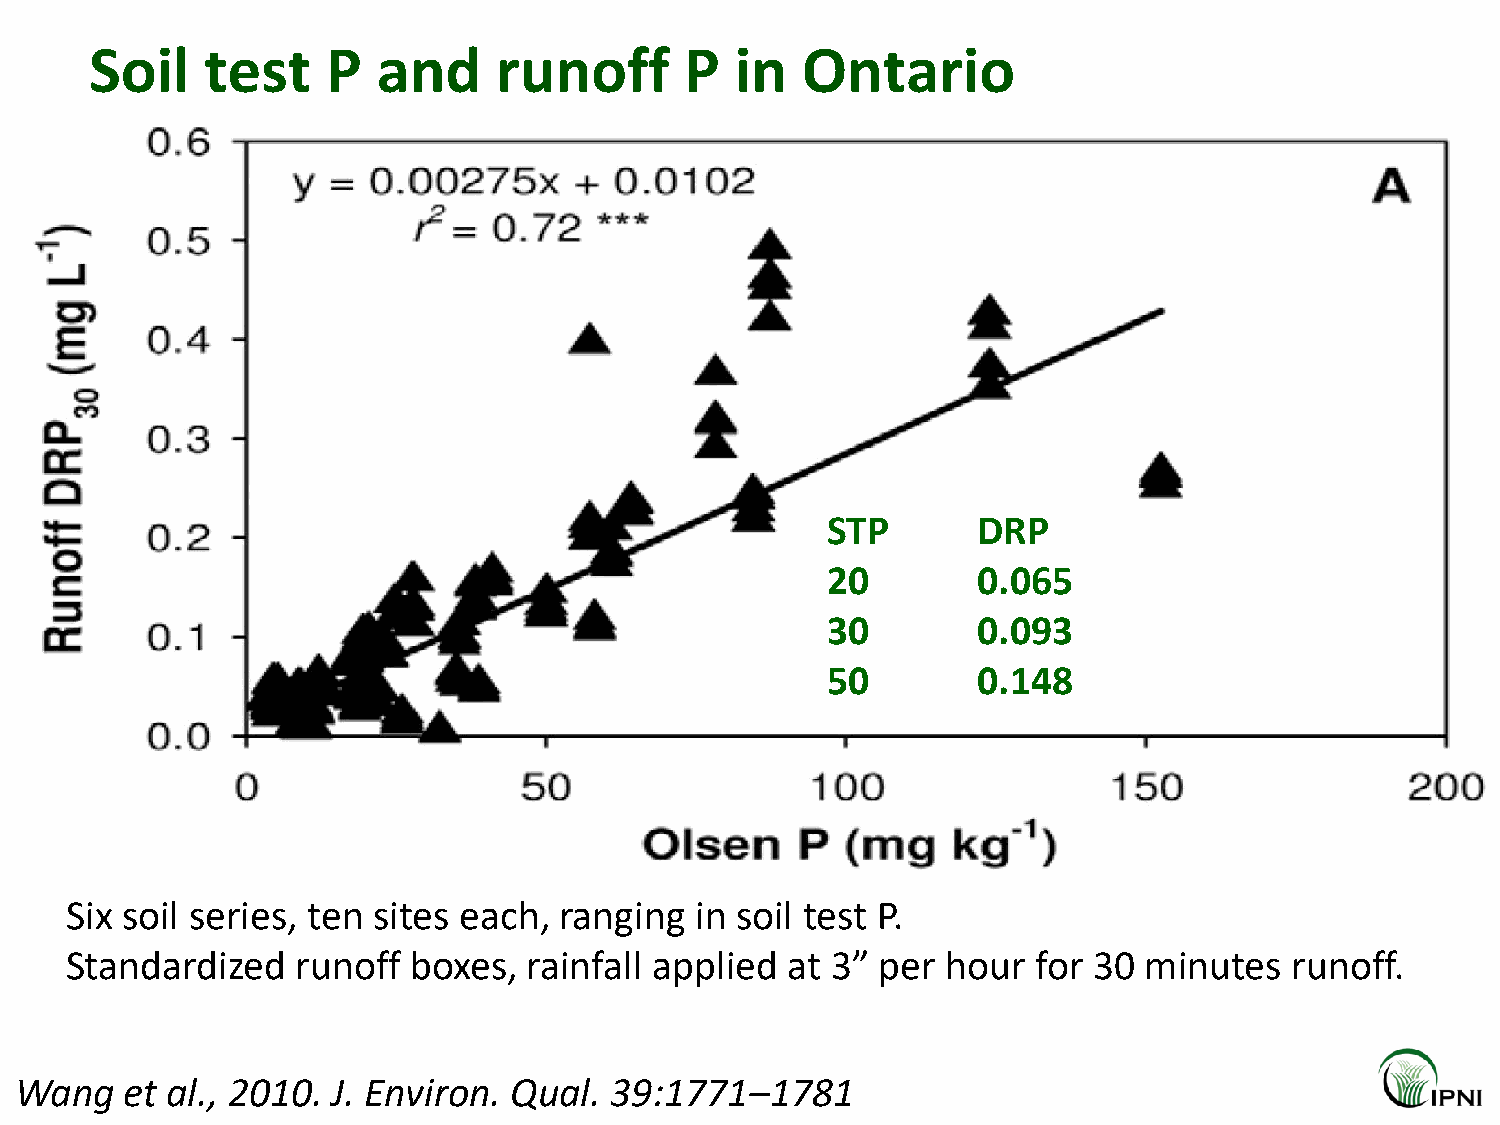
Soil    test    P  and     runoff      P   in  Ontario
 STP       DRP
 20        0.065
 30        0.093
 50        0.148
 Six soil series, ten sites each, ranging  in soil test P.
 Standardized    runoff boxes,  rainfall applied at 3” per  hour  for 30 minutes  runoff.
 Wang   et al., 2010. J. Environ. Qual. 39:1771–1781